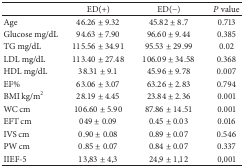
<table><thead><tr><td><b> </b></td><td><b> ED(+)</b></td><td><b> ED(−)</b></td><td><b><i>P</i> value</b></td></tr></thead><tbody><tr><td> Age</td><td>46.26 ± 9.32</td><td>45.82 ± 8.7</td><td>0.713</td></tr><tr><td>Glucose mg/dL</td><td>94.63 ± 7.90</td><td>96.60 ± 9.44</td><td>0.385</td></tr><tr><td>TG mg/dL</td><td>115.56 ± 34.91</td><td>95.53 ± 29.99</td><td>0.02</td></tr><tr><td>LDL mg/dL</td><td>113.40 ± 27.48</td><td>106.09 ± 34.58</td><td>0.368</td></tr><tr><td>HDL mg/dL</td><td>38.31 ± 9.1</td><td>45.96 ± 9.78</td><td>0.007</td></tr><tr><td>EF%</td><td>63.06 ± 3.07</td><td>63.26 ± 2.83</td><td>0.794</td></tr><tr><td>BMI kg/m<sup>2</sup></td><td>28.19 ± 4.45</td><td>23.84 ± 2.36</td><td>0.001</td></tr><tr><td>WC cm</td><td>106.60 ± 5.90</td><td>87.86 ± 14.51</td><td>0.001</td></tr><tr><td>EFT cm</td><td>049 ± 0.09</td><td>0.45 ± 0.03</td><td>0.016</td></tr><tr><td>IVS cm</td><td>0.90 ± 0.08</td><td>0.89 ± 0.07</td><td>0.546</td></tr><tr><td>PW cm</td><td>0.85 ± 0.07</td><td>0.84 ± 0.07</td><td>0.337</td></tr><tr><td>IIEF-5</td><td>13,83 ± 4,3</td><td>24,9 ± 1,12</td><td>0,001</td></tr></tbody></table>